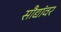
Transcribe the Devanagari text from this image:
सौद्यांवर